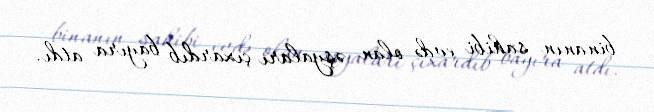
binanın sahibi evdə olan əşyaları çıxardıb bayıra atdı.